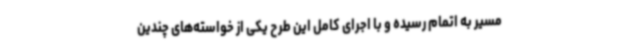
مسیر به اتمام رسیده و با اجرای کامل این طرح یکی از خواسته‌های چندین